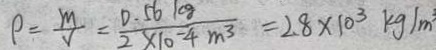
\rho = \frac { m } { V } = \frac { 0 . 5 6 k g } { 2 \times 1 0 ^ { - 4 } m ^ { 3 } } = 2 . 8 \times 1 0 ^ { 3 } k g / m ^ { 3 }